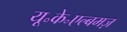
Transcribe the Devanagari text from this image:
यू॰के॰एल्बमज़